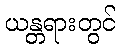
ယန္တရားတွင်